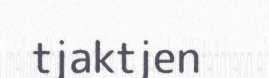
tjaktjen